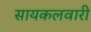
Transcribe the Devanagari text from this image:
सायकलवारी